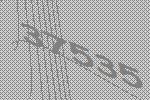
37535